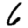
Digit: 6